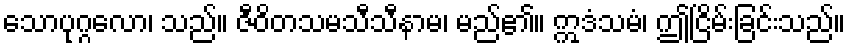
သောပုဂ္ဂလော၊ သည်။ ဇီဝိတသမသီသီနာမ၊ မည်၏။ ဣဒံသမံ၊ ဤငြိမ်းခြင်းသည်။